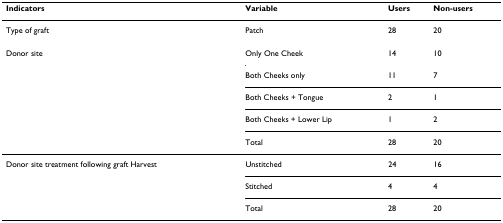
<table><thead><tr><td><b>Indicators</b></td><td><b>Variable</b></td><td><b>Users</b></td><td><b>Non-users</b></td></tr></thead><tbody><tr><td>Type of graft</td><td>Patch</td><td>28</td><td>20</td></tr><tr><td>Donor site</td><td>Only One Cheek</td><td>14</td><td>10</td></tr><tr><td>[EMPTY_CELL]</td><td>Both Cheeks only</td><td>11</td><td>7</td></tr><tr><td>[EMPTY_CELL]</td><td>Both Cheeks + Tongue</td><td>2</td><td>1</td></tr><tr><td>[EMPTY_CELL]</td><td>Both Cheeks + Lower Lip</td><td>1</td><td>2</td></tr><tr><td>[EMPTY_CELL]</td><td>Total</td><td>28</td><td>20</td></tr><tr><td>Donor site treatment following graft Harvest</td><td>Unstitched</td><td>24</td><td>16</td></tr><tr><td>[EMPTY_CELL]</td><td>Stitched</td><td>4</td><td>4</td></tr><tr><td>[EMPTY_CELL]</td><td>Total</td><td>28</td><td>20</td></tr></tbody></table>